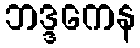
ဘဒ္ဒကေန